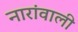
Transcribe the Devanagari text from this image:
नारांवाली